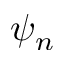
\psi _ { n }